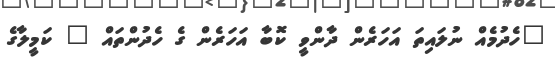
"ހެދުމެއް ނުލައިތަ އަހަރެން ދާންވީ ކޮބާ އަހަރެން ގެ ހެދުންތައް " ކަމީލާގެ